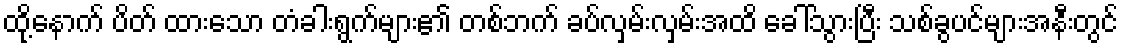
ထို့နောက် ပိတ် ထားသော တံခါးရွက်များ၏ တစ်ဘက် ခပ်လှမ်းလှမ်းအထိ ခေါ်သွားပြီး သစ်ခွပင်များအနီးတွင်